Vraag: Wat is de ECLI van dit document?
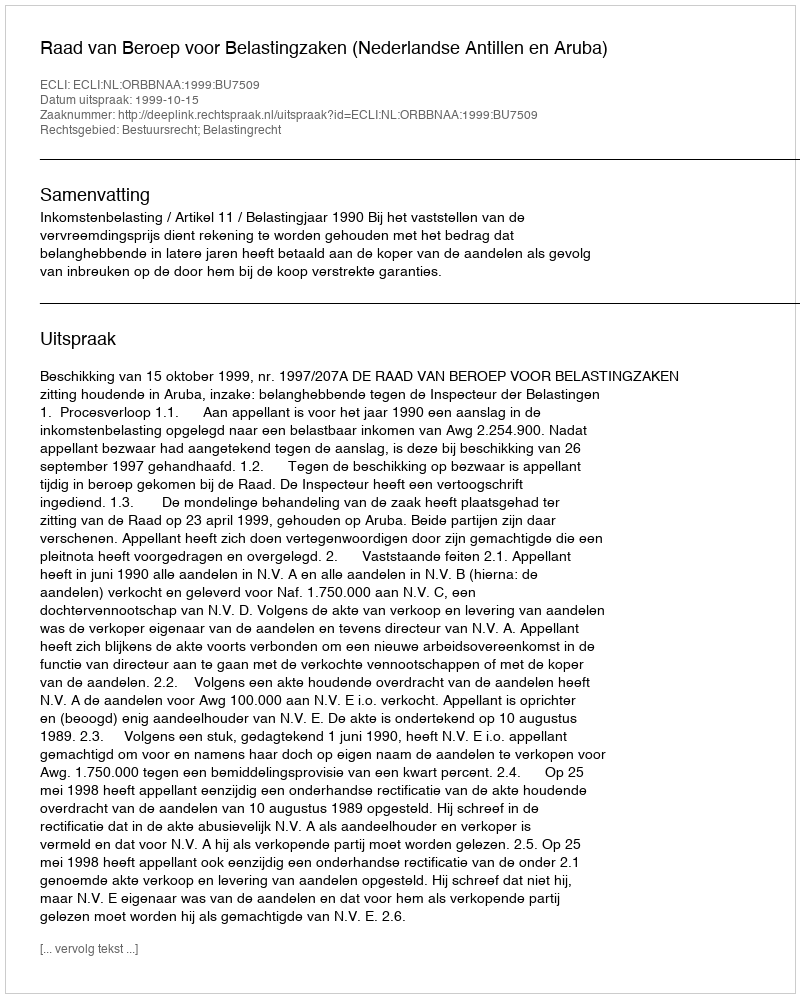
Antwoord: ECLI:NL:ORBBNAA:1999:BU7509